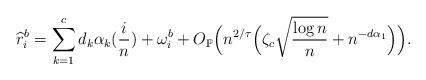
LaTeX: \begin{align*}\widehat{r}_i^b=\sum_{k=1}^{c} d_k \alpha_k(\frac{i}{n})+\omega_i^b+O_{\mathbb{P}}\Big(n^{2/\tau}\Big(\zeta_c \sqrt{\frac{\log n}{n}}+n^{-d\alpha_1} \Big) \Big).\end{align*}